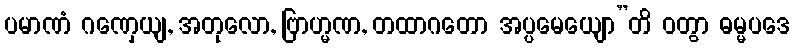
ပမာဏံ ဂဏှေယျ, အတုလော, ဗြာဟ္မဏ, တထာဂတော အပ္ပမေယျော”တိ ဝတွာ ဓမ္မပဒေ